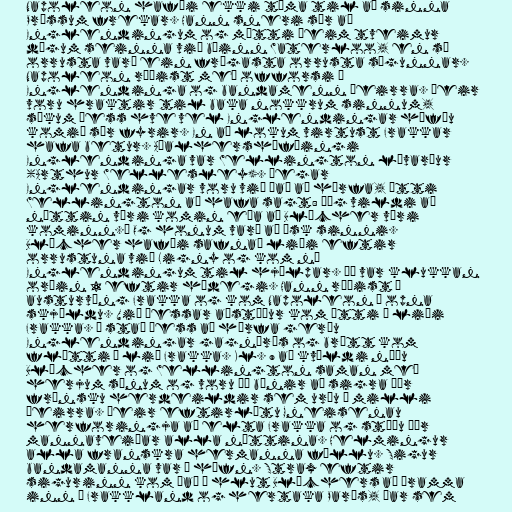
Napoleon hafði ekki tíma til að sinna
Prússum frekar. Hann sneri sér að
Englendingum og mætti þeim tveimur
dögum seinna við bæinn Waterloo, en sú
orrusta varð ein frægasta orrusta sögunnar.
Napoleon réðist með offorsi á
Englendinga og bandamenn þeirra. Þeir
voru hraktir til baka nokkrum sinnum,
sökum þess hve vel Englendingar höfðu
komið sér fyrir. En að lokum virtust Frakkar
hafa betur. Aðalhershöfðingi
Englendinga var Wellington lávarður
(Arthur Wellesley). Þegar
Englendingar voru við það að hörfa, átti
Wellington að hafa sagt: „Ég vildi að
nóttin væri komin eða að Blücher væri
kominn.“ Og honum varð að ósk sinni.
Blücher hafði safnað liði eftir
orrustuna við Ligny og kom nú
Englendingum til hjálpar. Þá var klukkan
orðin 1 eftir hádegi. Hann réðist á
austurvæng Frakka og kom Napoleon í opna
skjöldu. Við þessar aðstæður kom ótti í liði
Frakka. Í stað þess að hörfa gerðu
Englendingar gagnárás og brátt kom
flótti í lið Frakka. Kl. 9 að kvöldi náðu
Blücher og Wellington saman með
herjum sínum og voru þá búnir að sigra þær
frönsku herdeildir sem urðu á milli
þeirra. Þeir eftirlétu Gneisenau
herforingja að elta Frakka og stóðu þær
mannaveiðar alla nóttina. Helmingur
alla franskra hermanna féllu. Sigur
bandamanna var í höfn. Strax eftir
sigurinn kom það í hlut Blüchers að þramma
inn í Frakkland og hertaka París, þar sem